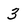
Character: 3